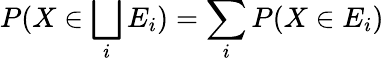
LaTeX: P(X\in\bigsqcup_{i}E_{i})=\sum_{i}P(X\in E_{i})